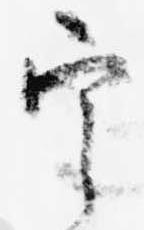
宰